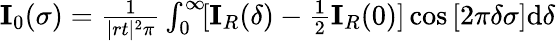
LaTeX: \begin{array}{r}{\mathbf{I}_{0}(\sigma)=\frac{1}{|rt|^{2}\pi}\int_{0}^{\infty}\! [\mathbf{I}_{R}(\delta)-\frac{1}{2}\mathbf{I}_{R}(0)]\cos{[2\pi\delta\sigma]}\mathrm{d}\delta}\end{array}